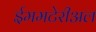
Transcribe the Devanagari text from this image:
ईममटेरीअल